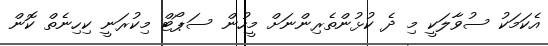
އެކަމަކު ސުވާލަކީ މި ދެ ކުޅުންތެރިންނަށް މީހުން ސަޕޯޓް މިކުރަނީ ކިހިނެތް ކޮން